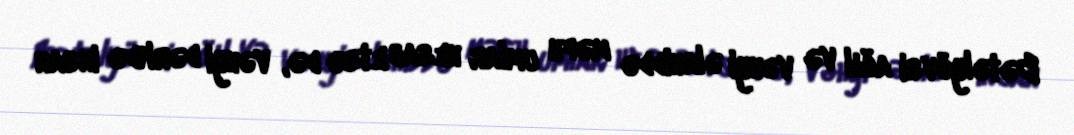
Bətəlyövsi ağıl və vəhyi əlahiddə məfh umlar hesab etsə də, vəhyi dərkdə insan